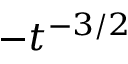
- t ^ { - 3 / 2 }